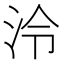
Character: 泠